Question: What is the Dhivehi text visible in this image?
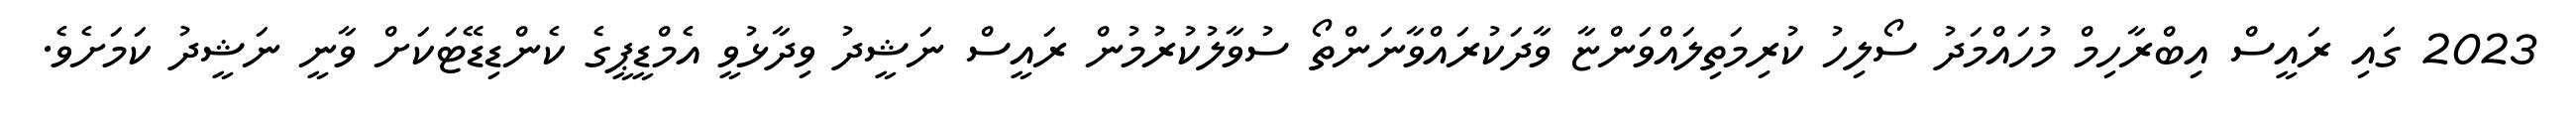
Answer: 2023 ގައި ރައީސް އިބްރާހިމް މުހައްމަދު ސޯލިހު ކުރިމަތިލައްވަންޏާ ވާދަކުރައްވާނަންތޯ ސުވާލުކުރުމުން ރައީސް ނަޝީދު ވިދާޅުވީ އެމްޑީޕީގެ ކެންޑިޑޭޓަކަށް ވާނީ ނަޝީދު ކަމަށެވެ.